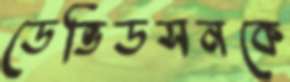
ডেভিডসনকে